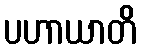
ပဟာယာတိ